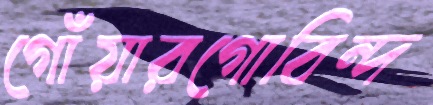
গোঁয়ারগোবিন্দ